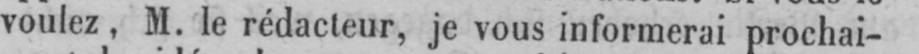
voulez, M. le rédacteur, je vous informerai prochai-